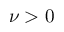
\nu > 0